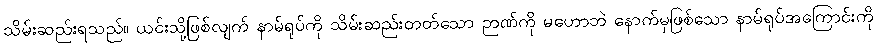
သိမ်းဆည်းရသည်။ ယင်းသို့ဖြစ်လျက် နာမ်ရုပ်ကို သိမ်းဆည်းတတ်သော ဉာဏ်ကို မဟောဘဲ နောက်မှဖြစ်သော နာမ်ရုပ်အကြောင်းကို